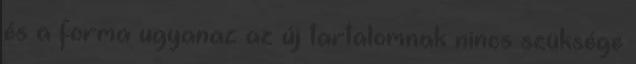
és a forma ugyanaz az új tartalomnak nincs szüksége